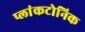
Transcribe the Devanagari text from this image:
प्लांकटोनिक